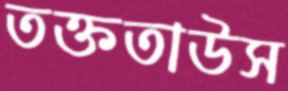
তক্ততাউস